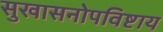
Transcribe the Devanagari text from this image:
सुखासनोपविष्टाय